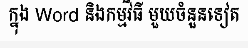
ក្នុង Word និងកម្មវិធី មួយចំនួនទៀត